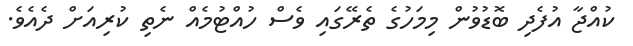
ކުއްޖާ އުފެދި ބޮޑުވުން މިމަހުގެ ތެރޭގައި ވެސް ހުއްޓުމެއް ނެތި ކުރިއަށް ދެއެވެ.